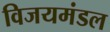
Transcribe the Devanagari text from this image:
विजयमंडल